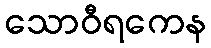
သောဝီရကေန